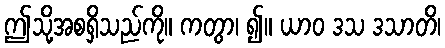
ဤသို့အစရှိသည်ကို။ ကတွာ၊ ၍။ ယာဝ ဒသ ဒသာတိ၊